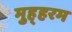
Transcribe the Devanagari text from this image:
मुह्हरम